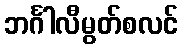
ဘင်္ဂါလီမွတ်စလင်